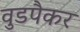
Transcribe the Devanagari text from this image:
वुडपैकर